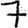
Digit: 7